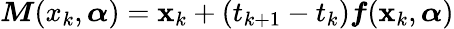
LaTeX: \boldsymbol{M}(x_{k},\boldsymbol{\alpha})=\mathbf{x}_{k}+(t_{k+1}-t_{k})\boldsymbol{f}(\mathbf{x}_{k},\boldsymbol{\alpha})